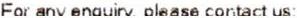
FOR ANY ENQUIRY, PLEASE CONTACT US;